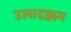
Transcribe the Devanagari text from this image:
उलादक्कम